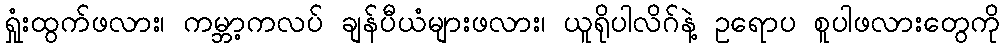
ရှုံးထွက်ဖလား၊ ကမ္ဘာ့ကလပ် ချန်ပီယံများဖလား၊ ယူရိုပါလိဂ်နဲ့ ဥရောပ စူပါဖလားတွေကို